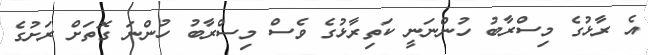
އެ ރާޅުގެ މިސްރާބު ހުންނަނީ ކަތިރާޅުގެ ވެސް މިސްރާބު ހުންނަ ގޮތަށް ރަށުގެ